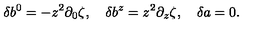
\delta b ^ { 0 } = - z ^ { 2 } \partial _ { 0 } \zeta , \quad \delta b ^ { z } = z ^ { 2 } \partial _ { z } \zeta , \quad \delta a = 0 .